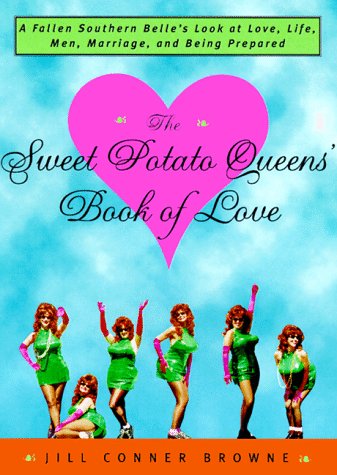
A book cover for The Sweet Potato Queens' Book of Love; Jill Conner Browne; Humor & Entertainment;